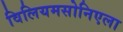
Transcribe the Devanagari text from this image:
विलियमसोनिएला